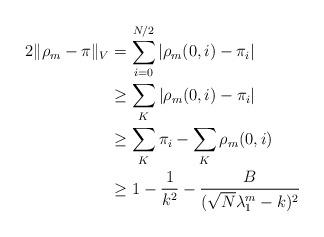
LaTeX: \begin{align*}2\|\rho_m-\pi\|_V&=\sum_{i=0}^{N/2}|\rho_m(0,i)-\pi_i| \\&\geq \sum_K |\rho_m(0,i)-\pi_i| \\&\geq \sum_K \pi_i-\sum_K\rho_m(0,i) \\&\geq 1-\frac{1}{k^2}-\frac{B}{(\sqrt{N}\lambda_1^m-k)^2}\end{align*}